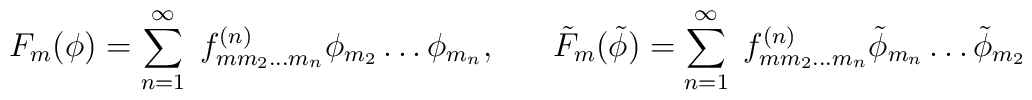
F_{m}(\phi ) = \sum_{n=1}^{\infty} \; f^{(n)}_{m m_{2} \ldots m_{n}} \phi_{m_{2}}\ldots \phi_{m_{n}}, \;\;\;\;\;\; \tilde{F}_{m}(\tilde{\phi}) = \sum_{n=1}^{\infty} \; f^{(n)}_{m m_{2} \ldots m_{n}} \tilde{\phi}_{m_{n}}\ldots \tilde{\phi}_{m_{2}}